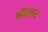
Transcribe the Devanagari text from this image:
वॉल्तर